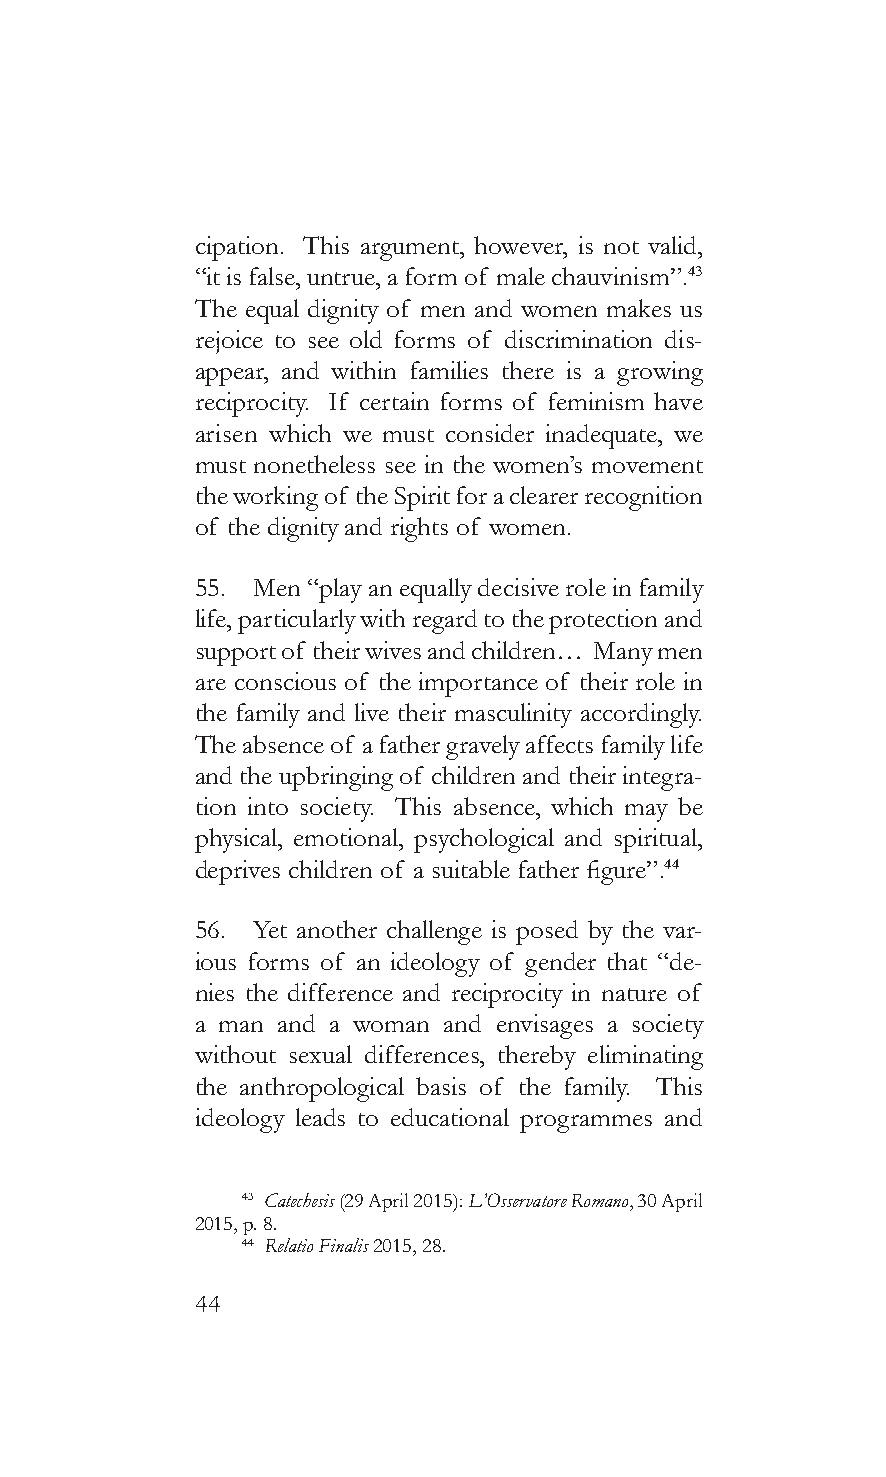
cipation. This argument, however, is not valid,
 “it is false, untrue, a form of male chauvinism”.43
 The equal dignity of men and women makes us
 rejoice to see old forms of discrimination dis-
 appear, and within families there is a growing
 reciprocity. If certain forms of feminism have
 arisen which we must consider inadequate, we
 must nonetheless see in the women’s movement
 the working of the Spirit for a clearer recognition
 of the dignity and rights of women.
 55. Men “play an equally decisive role in family
 life, particularly with regard to the protection and
 support of their wives and children… Many men
 are conscious of the importance of their role in
 the family and live their masculinity accordingly.
 The absence of a father gravely affects family life
 and the upbringing of children and their integra-
 tion into society. This absence, which may be
 physical, emotional, psychological and spiritual,
 deprives children of a suitable father figure”.44
 56. Yet another challenge is posed by the var-
 ious forms of an ideology of gender that “de-
 nies the difference and reciprocity in nature of
 a man and a woman and envisages a society
 without sexual differences, thereby eliminating
 the anthropological basis of the family. This
 ideology leads to educational programmes and
 43 Catechesis (29 April 2015): L’Osservatore Romano, 30 April
 2015, p. 8.
 44 Relatio Finalis 2015, 28.
 44